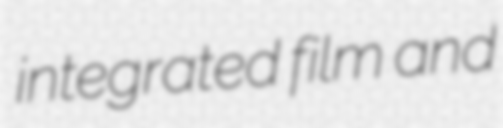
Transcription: integrated film and